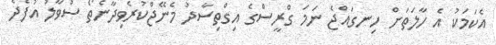
އެކަމަކު އެ ހާލަތަށް ހިނގައްޖެ ނަމަ ގްރީސްގެ އިގްތިސާދު މެނޭޖްކުރެވިދާނެތޯ ސުވާލު އުފެދެ